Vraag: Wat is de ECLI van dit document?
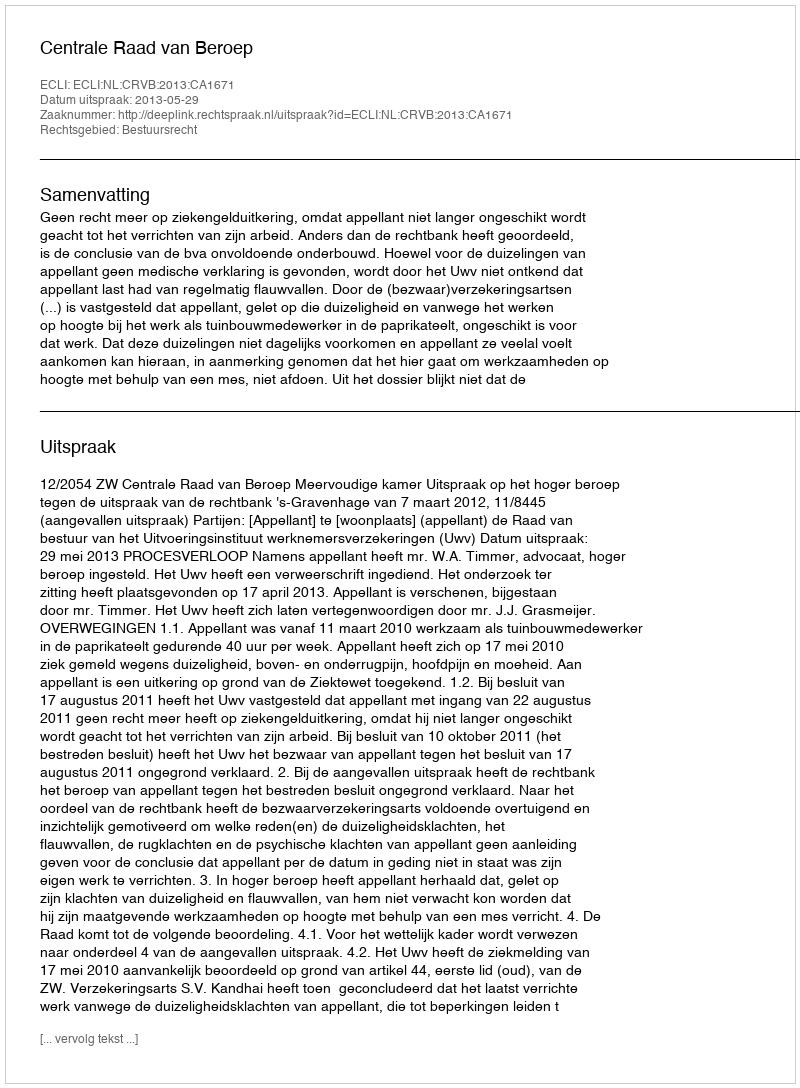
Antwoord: ECLI:NL:CRVB:2013:CA1671